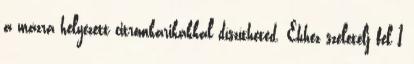
a mázra helyezett citromkarikákkal díszítheted. Ehhez szeletelj fel 1